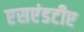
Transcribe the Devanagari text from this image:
एसएंडटीए